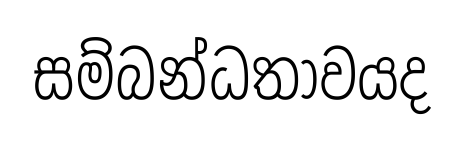
සම්බන්ධතාවයද